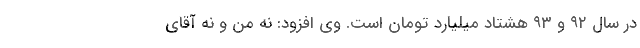
در سال ۹۲ و ۹۳ هشتاد میلیارد تومان است. وی افزود: نه من و نه آقای